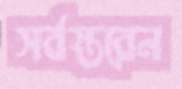
সর্বস্তরেন